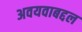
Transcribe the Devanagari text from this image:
अवयवाबद्दल